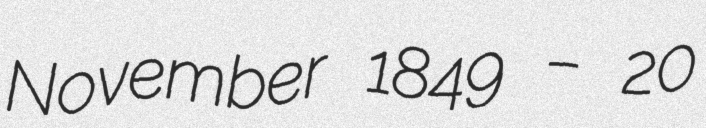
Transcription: November 1849 – 20